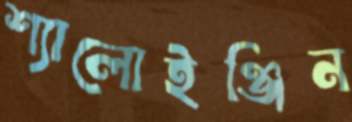
শ্যালোইঞ্জিন